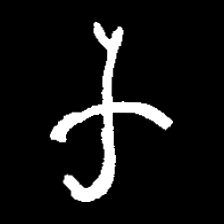
Pyu character \u2014 Myanmar letter: က (romanized: ka)